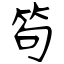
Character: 笱